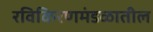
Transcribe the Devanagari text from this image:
रविकिरणमंडळातील